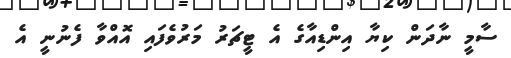
ސާމީ ނާދަން ކިޔާ އިންޑިއާގެ އެ ޓީޗަރު މަރުވެފައި އޮއްވާ ފެނުނީ އެ